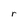
Character: r